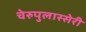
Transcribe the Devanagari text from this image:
चेरुपुलास्सेरी